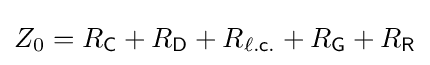
Z_{0}=R_{\mathsf {C}}+R_{\mathsf {D}}+R_{\mathsf {\ell .c.}}+R_{\mathsf {G}}+R_{\mathsf {R}}